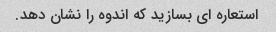
استعاره ای بسازید که اندوه را نشان دهد.